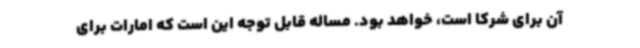
آن برای شرکا است، خواهد بود. مساله قابل توجه این است که امارات برای